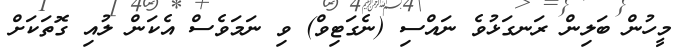
މީހުން ބަލިން ރަނގަޅުވެ ނައްސި (ނެގަޓިވް) ވި ނަމަވެސް އެކަން ލުއި ގޮތަކަށް